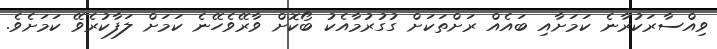
ވިއްސާރަކުރާނެ ކަމަށާއި ބައެއް ރަށްތަކަށް ގުގުރުމާއެކު ބޯކޮށް ވާރޭވެހޭނެ ކަމަށް ލަފާކުރެވޭ ކަމަށެވެ.